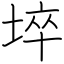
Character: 埣